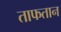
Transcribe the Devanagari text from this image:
ताफतान